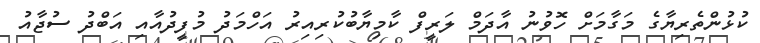
ކުޅުންތެރިޔާގެ މަގާމަށް ހޮވުނު އާދަމް ލަރީފް ކާމިޔާބުކުރިއިރު އަހްމަދު މުފީދުއާއި އަބްދު ސުޖާއު